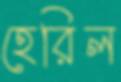
হেরিল